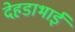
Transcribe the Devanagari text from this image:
देहडाभाई